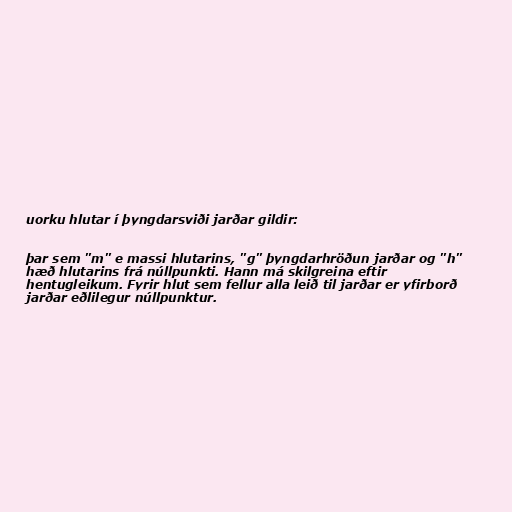
uorku hlutar í þyngdarsviði jarðar gildir:

þar sem "m" e massi hlutarins, "g" þyngdarhröðun jarðar og "h"
hæð hlutarins frá núllpunkti. Hann má skilgreina eftir
hentugleikum. Fyrir hlut sem fellur alla leið til jarðar er yfirborð
jarðar eðlilegur núllpunktur.